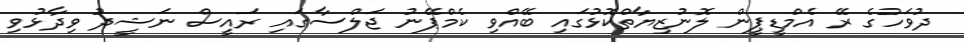
ދުވަހުގެ ރޭ އެމްޑީޕީން ލޮނުޒިޔާތްކޮޅުގައި ބޭއްވި ކެމްޕޭނު ޖަލްސާގައި ރައީސް ނަޝީދު ވިދާޅުވި